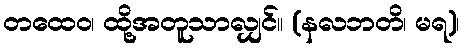
တထေဝ၊ ထို့အတူသာလျှင်။ (နလဘတိ၊ မရ)၊